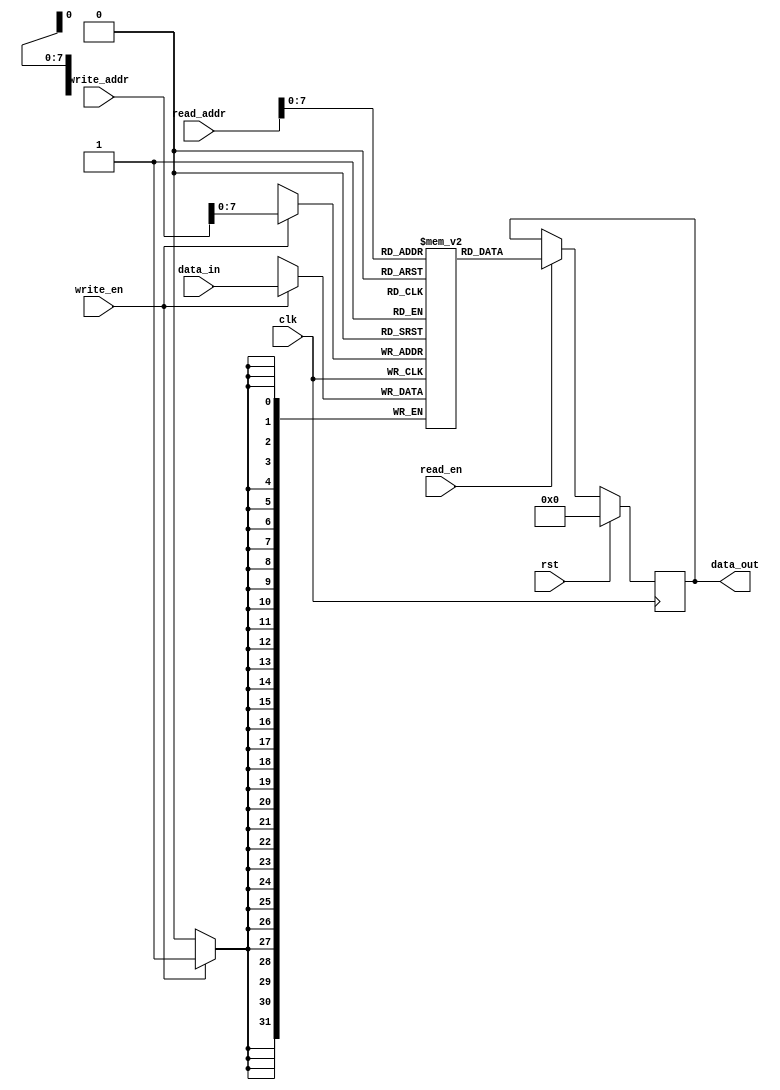
module dual_port_ram (
    input wire clk,
    input wire rst,
    input wire read_en,
    input wire write_en,
    input wire [31:0] read_addr,
    input wire [31:0] write_addr,
    input wire [31:0] data_in,
    output reg [31:0] data_out
);

reg [31:0] mem [0:255]; // Memory array with 256 words

always @(posedge clk) begin
    if (rst) begin
        data_out <= 32'h0;
    end else begin
        if (read_en) begin
            data_out <= mem[read_addr];
        end else begin
            data_out <= data_out;
        end
    end
end

always @(posedge clk) begin
    if (write_en) begin
        mem[write_addr] <= data_in;
    end
end

endmodule